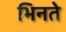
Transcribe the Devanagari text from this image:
भिनते